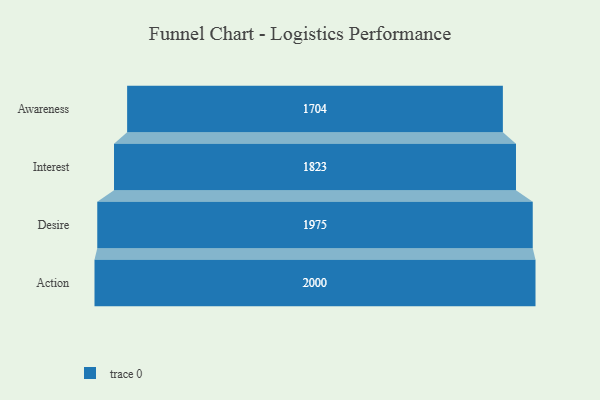
{"axis": {"x": "Stage", "y": "Value"}, "legend": [""], "data": [{"x": "Awareness", "y": 1704.0, "type": ""}, {"x": "Interest", "y": 1823.0, "type": ""}, {"x": "Desire", "y": 1975.0, "type": ""}, {"x": "Action", "y": 2000, "type": ""}]}